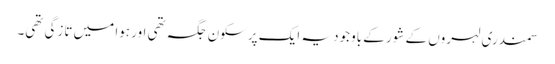
سمندری لہروں کے شور کے باوجود یہ ایک پرسکون جگہ تھی اور ہوا میں تازگی تھی۔